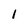
Character: 1